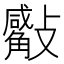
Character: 𣀣